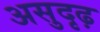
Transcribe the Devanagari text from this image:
असुदृढ़